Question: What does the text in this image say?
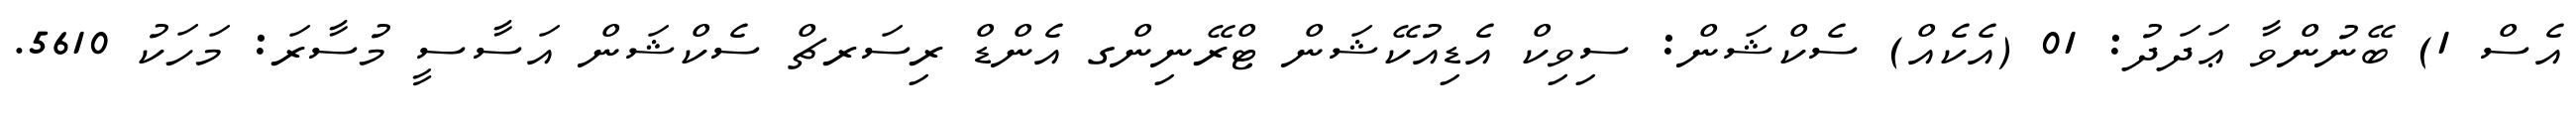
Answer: އެސް 1) ބޭނުންވާ ޢަދަދު: 01 (އެކެއް) ސެކްޝަން: ސިވިކް އެޑިއުކޭޝަން ޓްރޭނިންގ އެންޑް ރިސަރޗް ސެކްޝަން އަސާސީ މުސާރަ: މަހަކު 5610.